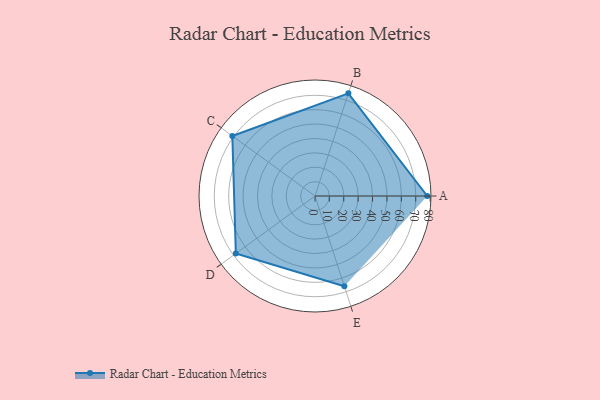
{"axis": {"x": "Skill", "y": "Score"}, "legend": ["Profile"], "data": [{"x": "A", "y": 78.0, "type": "Profile"}, {"x": "B", "y": 75.0, "type": "Profile"}, {"x": "C", "y": 71.0, "type": "Profile"}, {"x": "D", "y": 68.0, "type": "Profile"}, {"x": "E", "y": 66.0, "type": "Profile"}]}